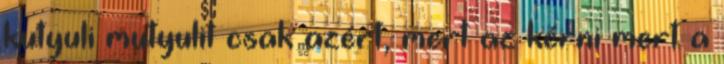
kutyuli mutyulit csak azért, mert az kérni mert a